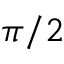
\pi / 2